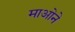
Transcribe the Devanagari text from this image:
माओने